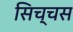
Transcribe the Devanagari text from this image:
सिच्चस